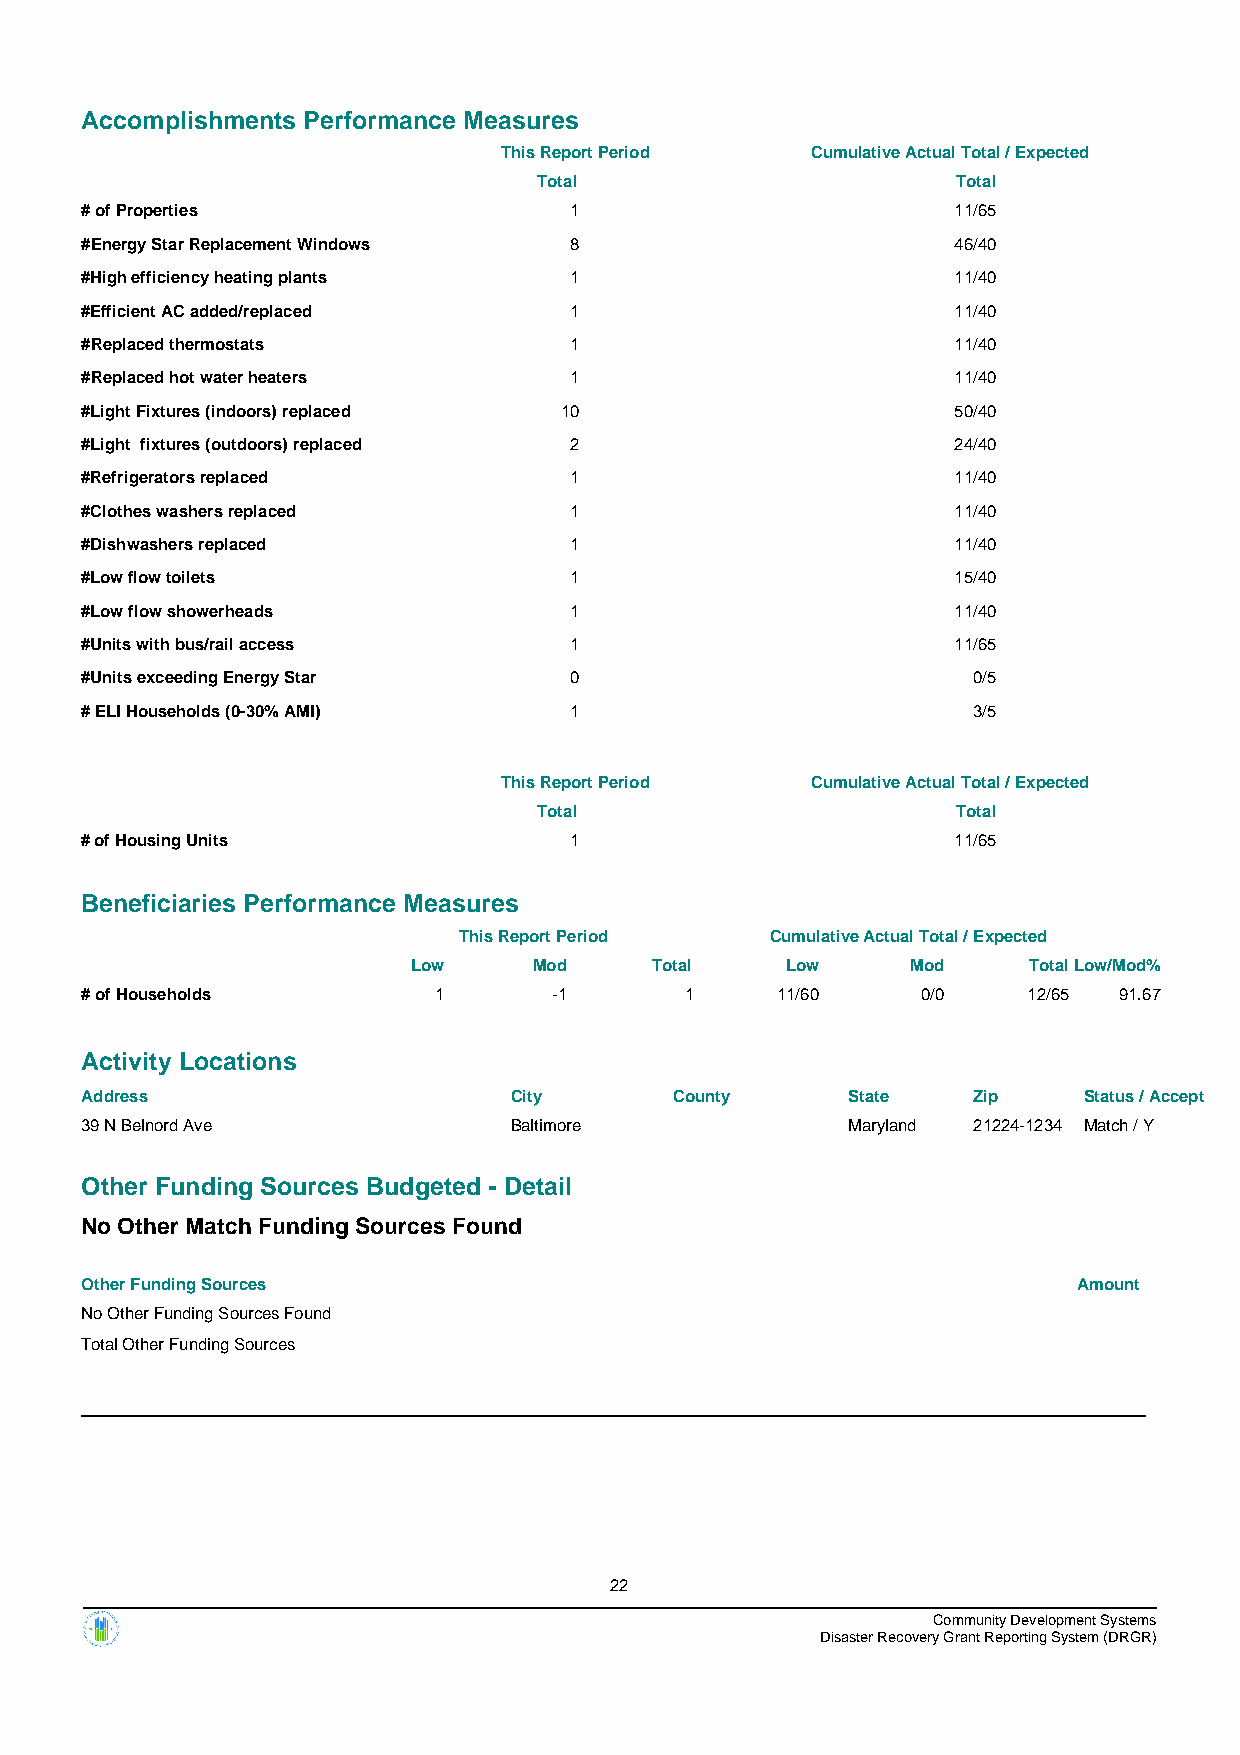
Accomplishments Performance Measures
 This Report Period   Cumulative Actual Total / Expected
 Total                      Total
 # of Properties                  1                        11/65
 #Energy Star Replacement Windows 8                        46/40
 #High efficiency heating plants  1                        11/40
 #Efficient AC added/replaced     1                        11/40
 #Replaced thermostats            1                        11/40
 #Replaced hot water heaters      1                        11/40
 #Light Fixtures (indoors) replaced 10                     50/40
 #Light fixtures (outdoors) replaced 2                     24/40
 #Refrigerators replaced          1                        11/40
 #Clothes washers replaced        1                        11/40
 #Dishwashers replaced            1                        11/40
 #Low flow toilets                1                        15/40
 #Low flow showerheads            1                        11/40
 #Units with bus/rail access      1                        11/65
 #Units exceeding Energy Star     0                         0/5
 # ELI Households (0-30% AMI)     1                         3/5
 This Report Period   Cumulative Actual Total / Expected
 Total                      Total
 # of Housing Units               1                        11/65
 Beneficiaries Performance Measures
 This Report Period   Cumulative Actual Total / Expected
 Low     Mod     Total    Low     Mod     TotalLow/Mod%
 # of Households         1       -1      1     11/60     0/0    12/65 91.67
 Activity Locations
 Address                      City       County     State   Zip     Status / Accept
 39 N Belnord Ave             Baltimore             Maryland 21224-1234 Match / Y
 Other Funding Sources Budgeted - Detail
 No Other Match Funding Sources Found
 Other Funding Sources                                             Amount
 No Other Funding Sources Found
 Total Other Funding Sources
 22
 Community Development Systems
 Disaster Recovery Grant Reporting System (DRGR)